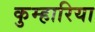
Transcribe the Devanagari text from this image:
कुम्हारिया